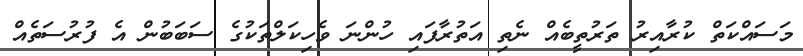
މަސައްކަތް ކުރާއިރު ތަރުތީބެއް ނެތި އަތުރާފައި ހުންނަ ވެހިކަލްތަކުގެ ސަބަބުން އެ ފުރުސަތެއް